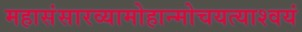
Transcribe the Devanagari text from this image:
महासंसारव्यामोहान्मोचयत्याश्‍वयं